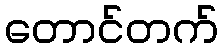
တောင်တက်